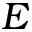
E